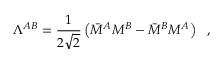
\Lambda ^ { A B } = { \frac { 1 } { 2 \sqrt { 2 } } } \left( \bar { \cal M } ^ { A } { \cal M } ^ { B } - \bar { \cal M } ^ { B } { \cal M } ^ { A } \right) ~ ~ ,